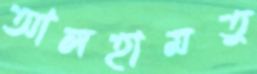
আলহামতু